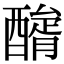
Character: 𨢺